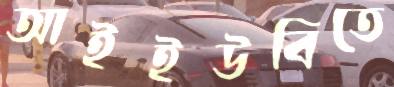
আইইউবিতে